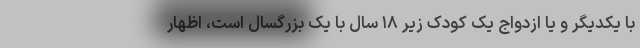
با یکدیگر و یا ازدواج یک کودک زیر ۱۸ سال با یک بزرگسال است، اظهار